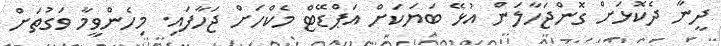
ދީނާ ދެކޮޅަށް ގޮންޖަހާލަން އުޅޭ ބަޔަކަށް އަޕްޑޭޓް މެކްހަށް ޖަހާފައި. މިހެންވީމާ ވަގުތަށް